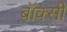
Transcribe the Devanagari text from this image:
बॉक्सी